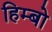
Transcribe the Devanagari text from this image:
हिम्बो